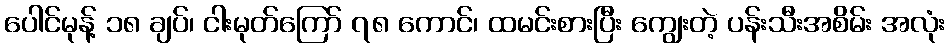
ပေါင်မုန့် ၁၈ ချပ်၊ ငါးမုတ်ကြော် ၇၈ ကောင်၊ ထမင်းစားပြီး ကျွေးတဲ့ ပန်းသီးအစိမ်း အလုံး